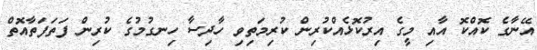
އޭނާގެ ކޮއްކޮ އާއި މީގެ އިރުކޮޅެއްކުރިން ކުރިމަތިވި ހާދިސާ ހިނގުމުގެ ކުރިން ފަތަފަތާއޮތް